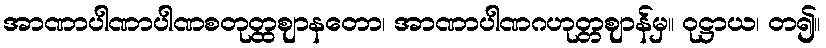
အာဏာပါဏာပါဏစတုတ္ထဈာနတော၊ အာဏာပါဏဂဟုတ္တဈာန်မှ။ ဝုဋ္ဌာယ၊ တ၍။